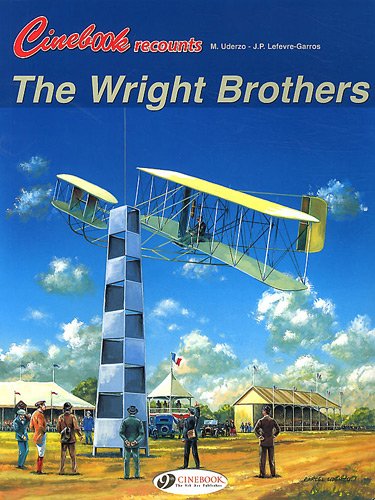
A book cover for The Wright Brothers: Cinebook Recounts Vol. 3; Lefevre-Garros; Children's Books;